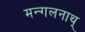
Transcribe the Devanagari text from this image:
मन्गलनाथ्